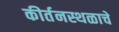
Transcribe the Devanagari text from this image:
कीर्तनस्थळाचे